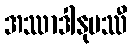
အဿာဒါနုပဿီ